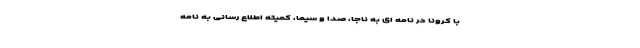
با کرونا در نامه ای به ناجا، صدا و سیما، کمیته اطلاع رسانی به نامه